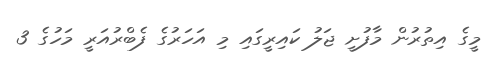
މީގެ އިތުރުން މާފުށީ ޖަލު ކައިރީގައި މި އަހަރުގެ ފެބްރުއަރީ މަހުގެ 3